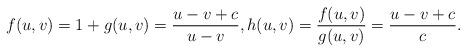
LaTeX: \begin{gather*} f(u,v) = 1+g(u,v) = \frac{u-v+c}{u-v}, h(u,v) = \frac{f(u,v)}{g(u,v)} = \frac{u-v+c}{c}.\end{gather*}